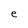
Character: e